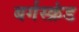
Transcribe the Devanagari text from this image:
बर्गस्क्रंड